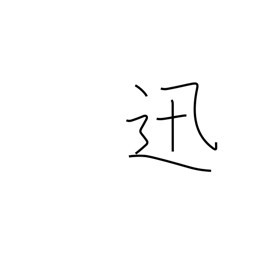
Meaning: swift